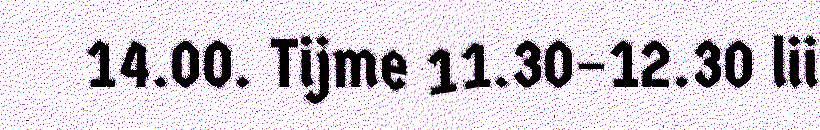
14.00. Tijme 11.30–12.30 lii